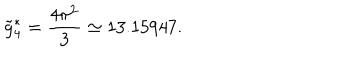
\tilde { g } _ { 4 } ^ { * } = \frac { 4 \pi ^ { 2 } } { 3 } \simeq 1 3 . 1 5 9 4 7 .